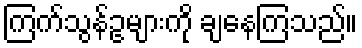
ကြက်သွန်ဥများကို ချနေကြသည်။